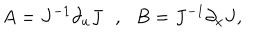
A = J ^ { - 1 } \partial _ { u } J \: \: \: , \: \: \: B = J ^ { - 1 } \partial _ { x } J ,